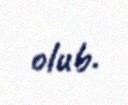
olub.